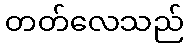
တတ်လေသည်